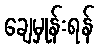
ချေမှုန်းရန်